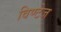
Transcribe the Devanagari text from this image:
विण्टेज